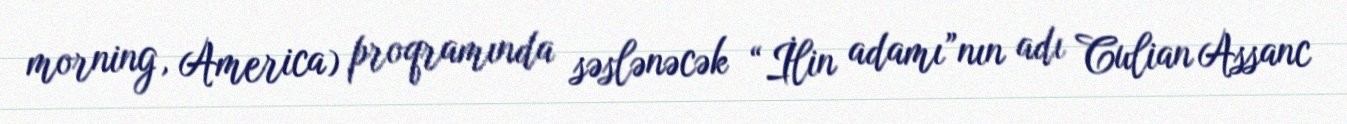
morning, America) proqramında səslənəcək “İlin adamı”nın adı Culian Assanc